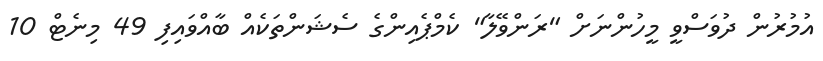
އުމުރުން ދުވަސްވީ މީހުންނަށް "ރަންވޭލާ" ކެމްޕެއިންގެ ސެޝަންތަކެއް ބާއްވައިފި 49 މިނެޓް 10